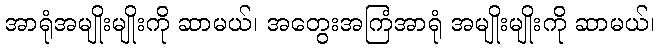
အာရုံအမျိုးမျိုးကို ဆာမယ်၊ အတွေးအကြံအာရုံ အမျိုးမျိုးကို ဆာမယ်၊